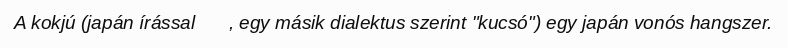
A kokjú (japán írással 胡弓, egy másik dialektus szerint "kucsó") egy japán vonós hangszer.